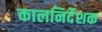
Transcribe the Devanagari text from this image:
कालनिर्देशक